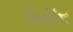
પઢાર